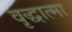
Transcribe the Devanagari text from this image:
वृद्धात्मा